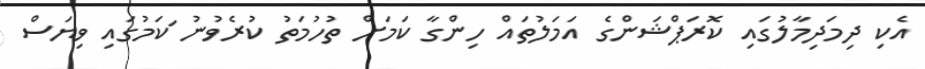
އެކި ދިމަދިމާލުގައި ކޮރަޕްޝަންގެ އަމަލުތައް ހިންގާ ކަމަށް ތުހުމަތު ކުރެވުނު ަކަމުގައި ވިޔަސް